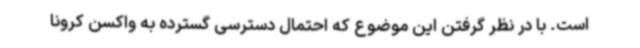
است. با در نظر گرفتن این موضوع که احتمال دسترسی گسترده به واکسن کرونا